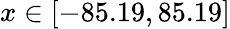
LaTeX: x\in[-85.19,85.19]